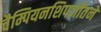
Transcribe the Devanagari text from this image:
चैम्पियनशिपजीतने